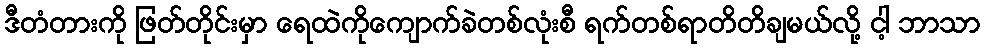
ဒီတံတားကို ဖြတ်တိုင်းမှာ ရေထဲကိုကျောက်ခဲတစ်လုံးစီ ရက်တစ်ရာတိတိချမယ်လို့ ငါ့ ဘာသာ